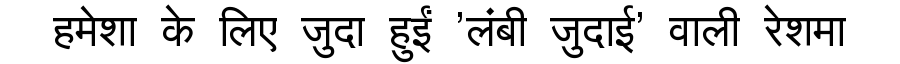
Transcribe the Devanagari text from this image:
हमेशा के लिए जुदा हुईं 'लंबी जुदाई' वाली रेशमा